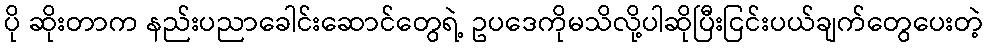
ပို ဆိုးတာက နည်းပညာခေါင်းဆောင်တွေရဲ့ ဥပဒေကိုမသိလို့ပါဆိုပြီးငြင်းပယ်ချက်တွေပေးတဲ့